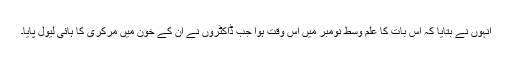
انہوں نے بتایا کہ اس بات کا علم وسط نومبر میں اس وقت ہوا جب ڈاکٹروں نے ان کے خون میں مرکری کا ہائی لیول پایا۔